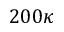
2 0 0 \kappa